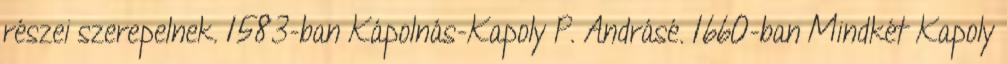
részei szerepelnek. 1583-ban Kápolnás-Kapoly P. Andrásé. 1660-ban Mindkét Kapoly